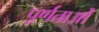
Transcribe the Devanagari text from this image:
पूर्णताओं